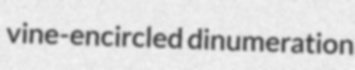
vine-encircled dinumeration